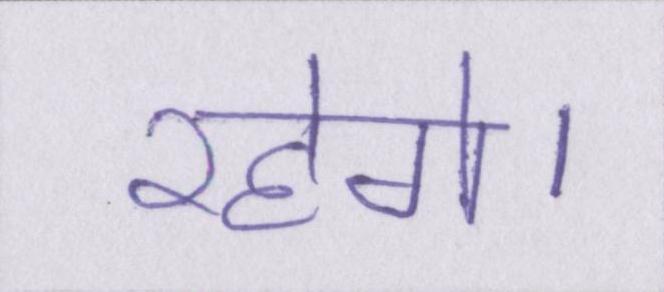
रहेगे।